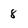
Character: 8